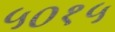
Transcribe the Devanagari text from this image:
५०१५